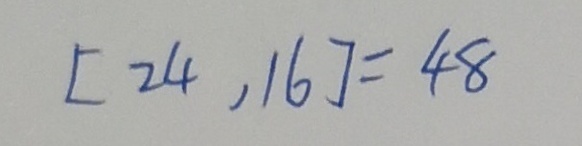
[ 2 4 , 1 6 ] = 4 8